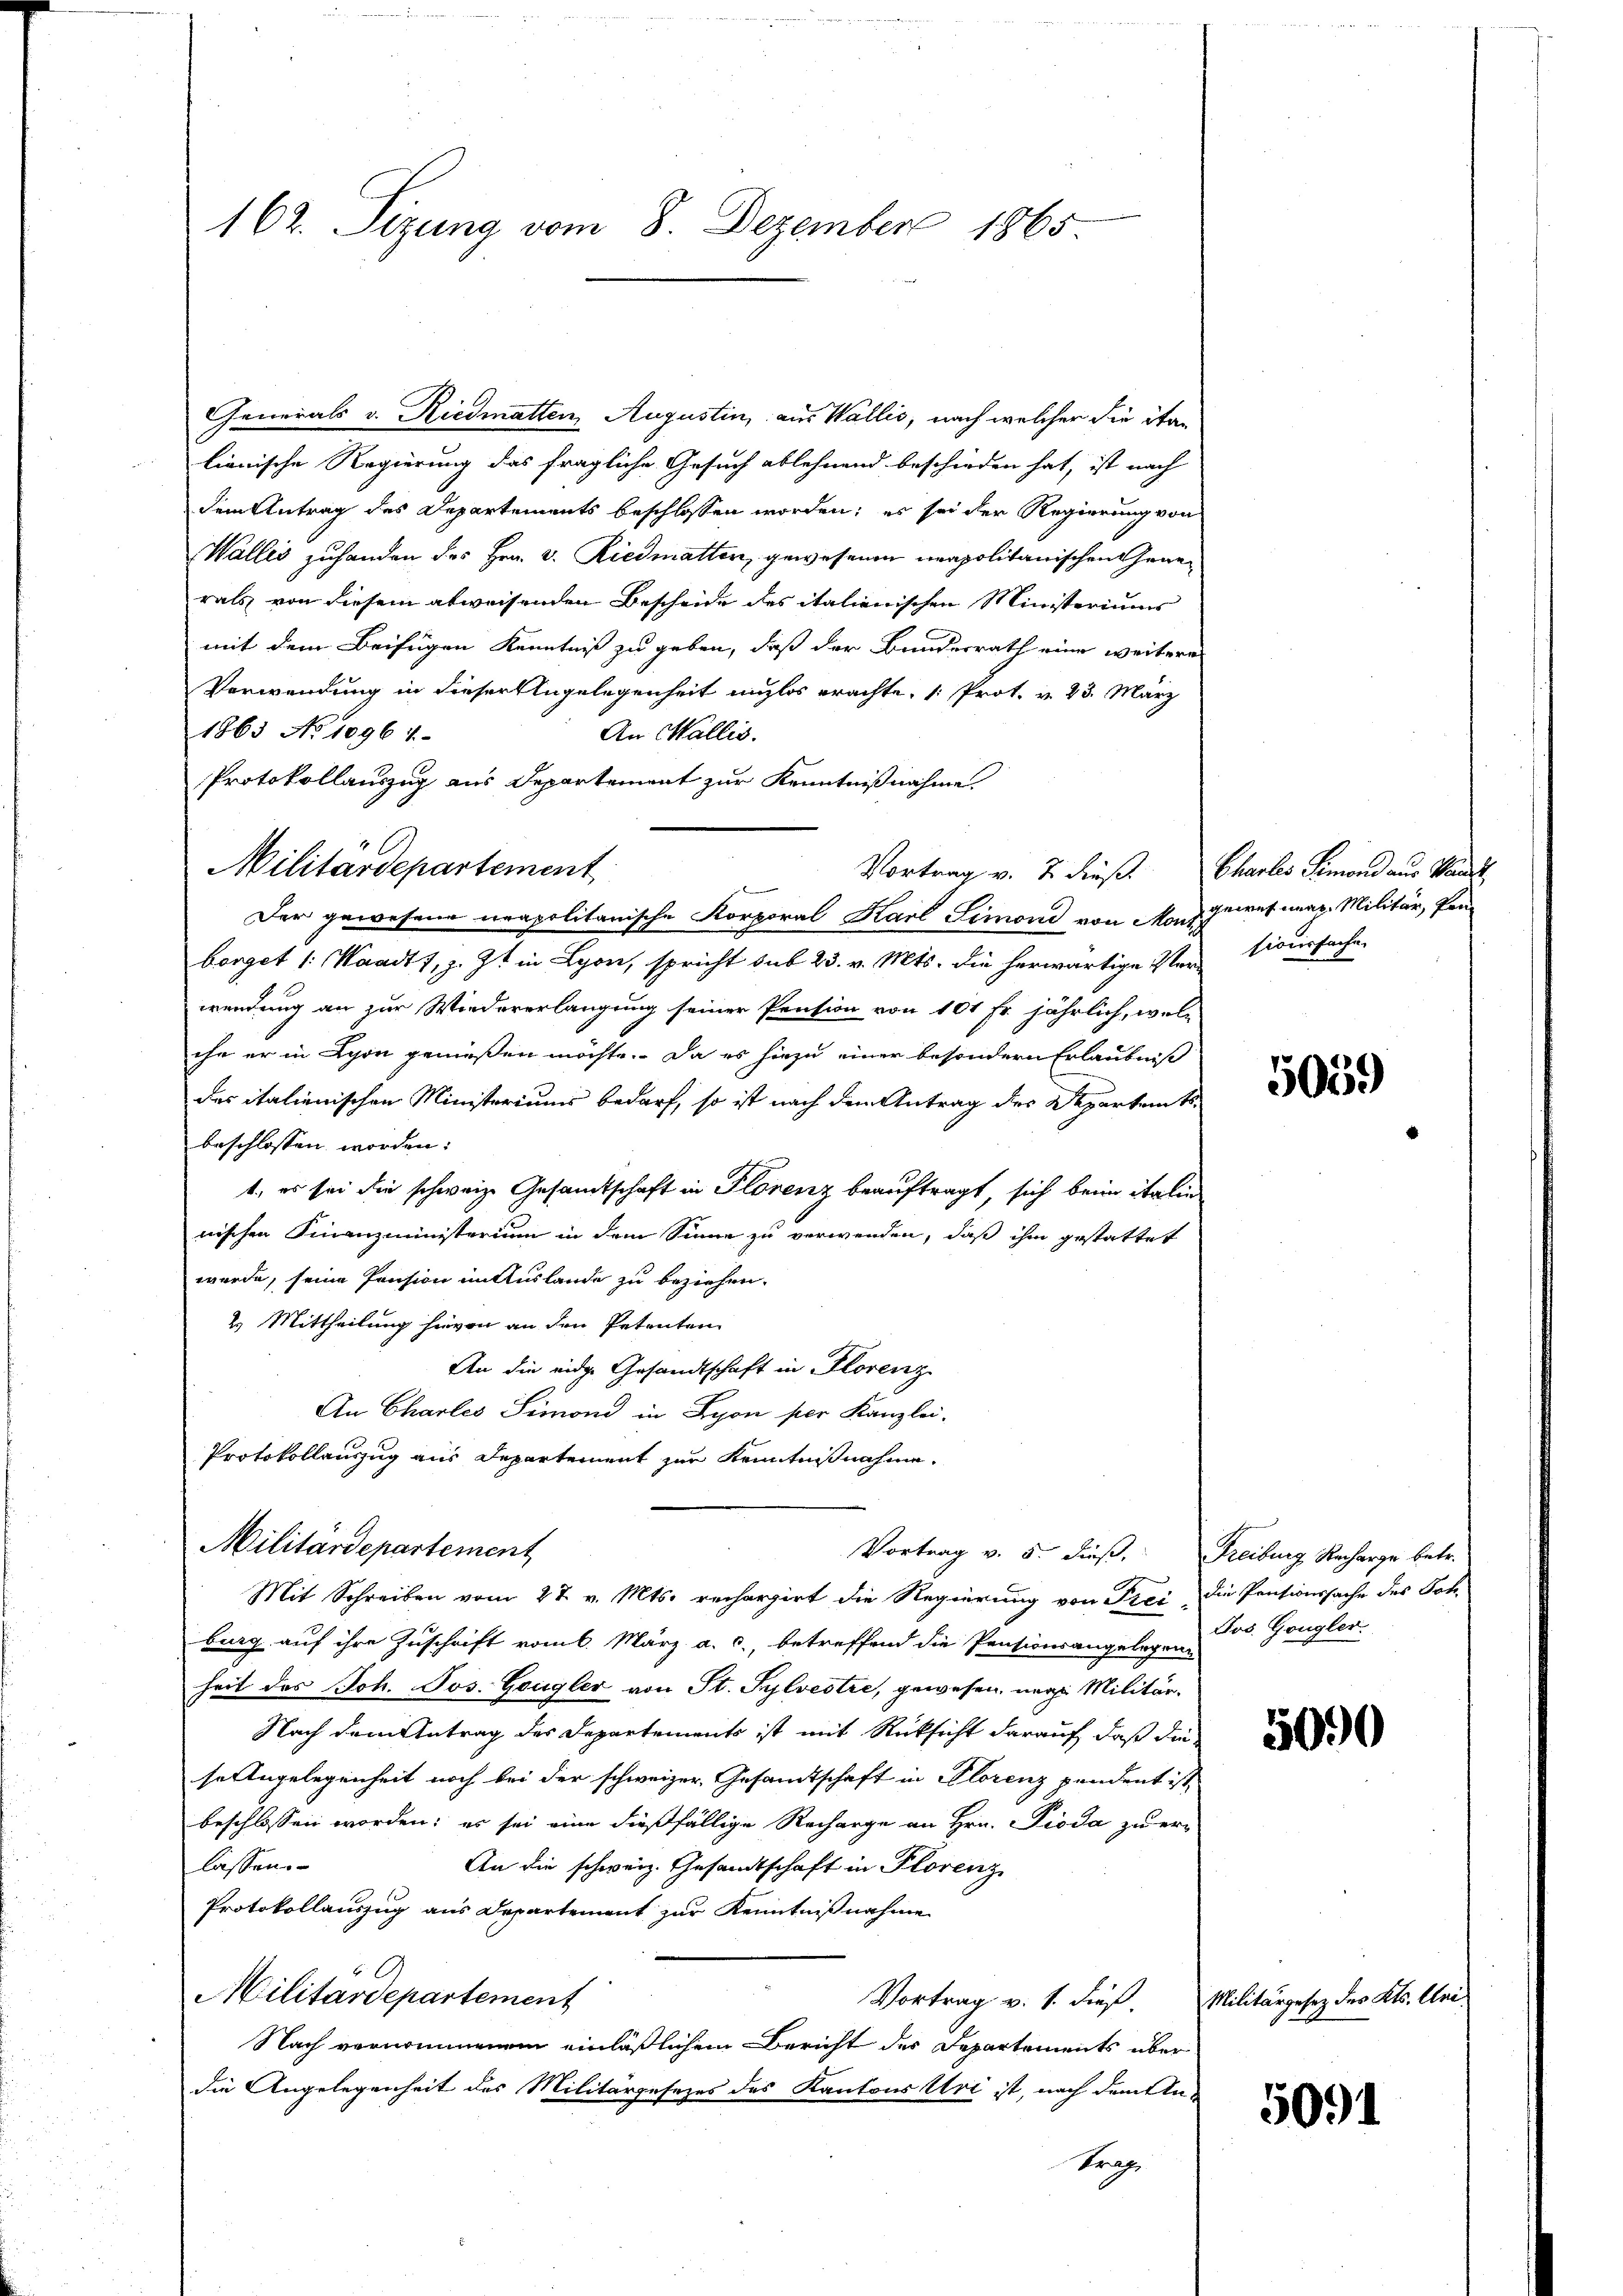
162. Sizung vom 8. Dezember 1865.

Generals v. Riedmatten Augustin, aus Wallis, nach welcher die itan
lienische Regierung das fragliche Gesuch ablehnend beschieden hat, ist nach
dem Antrag des Departements beschlossen worden; es sei der Regierung von
Wallis zuhanden des Hrn. v. Riedmatter, gewesenen neapolitanischen Generats von diesem abweisenden Bescheide des italienischen Ministeriums
mit dem Beifügen Kenntniß zu geben, daß der Bundesrath eine weitere
Verwendung in dieser Angelegenheit unzlos erachte, 1. Prot. v. 23. März
1863 No 1096 4
An Wallis.
Protokollauszug aus Departement zur Kenntnißnahme.
borget /: Waadt, z. Zt. in Lyon, spricht sub 23. v. Mts. die herwärtige Versieursache
wendung an zur Wiedererlangung seiner Pension von 101 Fr. jährlich, welc
che er in Lyon genießen möchte. Da es hiezu einer besondern Erlaubniß
das italienischen Ministeriums bedarf, so ist nach dem Antrag des Departamts-
beschlossen worden:
1., es sei die schweize Gesamtschaft in Florenz beauftragt, sich beim italie
nischen Finanzministerium in dem Sinne zu verwenden, daß ihm gestattet
werde, seine Pension in Auslande zu beziehen.
2. Mittheilung hievon an den Petenten
An die eidge Gesandtschaft in Florenz
An Charles Simond in Lyon per Kanzlei.
Protokollauszug aus Departement zur Kenntnißnahme
Militärdepartement
Vortrag v. 5. dieβ. Freiburg Recharge betr.
Mit Schreiben vom 27. v. Mts. rechargirt die Regierung von Frei die Pensionssache des Sohburg auf ihre Zuschrift vom 6. März a. c., betreffend die Pensionsangelegen Jos. Gongler
heit des Joh. Jos. Gongler von St. Sylvestre, gewesen, nach Militär¬
Nach dem Antrag des Departements ist mit Rücksicht darauf, daß die
se Angelegenheit noch bei der schweizer, Gesamtschaft in Florenz pendent ist
beschlossen worden; es sei eine dießfällige Recharge an Hrn. Pioda zu er-
lassen.
An die schweiz. Gesandtschaft in Florenz
Protokollauszug aus Departement zur Kenntnißnahme
Militärdepartement
Vortrag v. 1. dieß.
Nach vernommenen einläßlichem Bericht des Departements über
die Angelegenheit des Militärgesezes des Kantons Uri ist, nach dem In-
Prah

Militärdepartement

Vortrag v. 2. dieß. Chartes Simond aus Vanil
f
Der gewesene neapolitanische Korporal Karl Simond von Mont iurefnerz. Militär, Pan¬

5059

5090

Militärgesetz des Kts. Ulri

5091